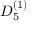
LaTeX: { D } _ { 5 } ^ { ( 1 ) }